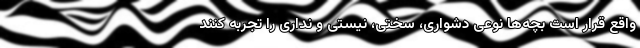
واقع قرار است بچه‌ها نوعی دشواری، سختی، نیستی و نداری را تجربه کنند